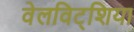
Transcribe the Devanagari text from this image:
वेलविट्शिया